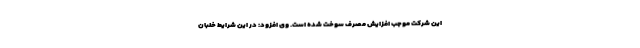
این شرکت موجب افزایش مصرف سوخت شده است. وی افزود: در این شرایط خلبان